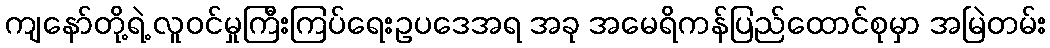
ကျနော်တို့ရဲ့ လူဝင်မှုကြီးကြပ်ရေးဥပဒေအရ အခု အမေရိကန်ပြည်ထောင်စုမှာ အမြဲတမ်း